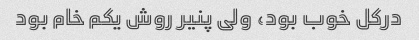
درکل خوب بود، ولی پنیر روش یکم خام بود